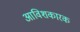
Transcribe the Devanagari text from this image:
आविशकारक